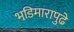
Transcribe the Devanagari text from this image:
भडिमारापुढे